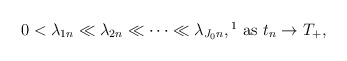
\begin{align*}0<\lambda_{1n}\ll \lambda_{2n}\ll\cdots\ll\lambda_{J_0n}, \footnote{\, For two sequences of positive numbers $a_n,\,b_n$, we write $a_n\ll b_n$ if $\lim\limits_{n\to\infty}\frac{a_n}{b_n}=0$.}\,\,{\rm as}\,\,t_n\to T_+,\end{align*}